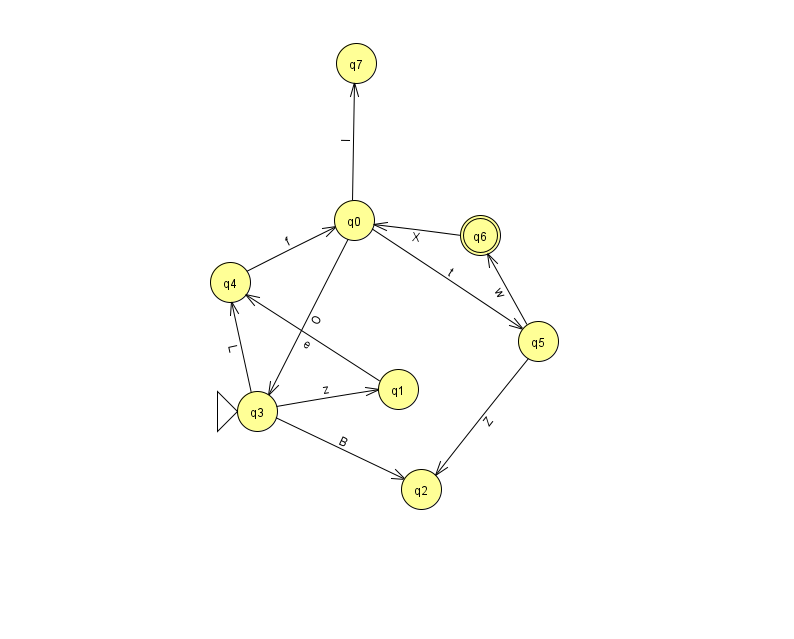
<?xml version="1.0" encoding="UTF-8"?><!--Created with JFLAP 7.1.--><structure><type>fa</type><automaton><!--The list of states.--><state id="0" name="q0"><x>354.0</x><y>207.0</y></state><state id="1" name="q1"><x>398.0</x><y>376.0</y></state><state id="2" name="q2"><x>421.0</x><y>476.0</y></state><state id="3" name="q3"><x>257.0</x><y>398.0</y><initial/></state><state id="4" name="q4"><x>230.0</x><y>269.0</y></state><state id="5" name="q5"><x>538.0</x><y>328.0</y></state><state id="6" name="q6"><x>480.0</x><y>222.0</y><final/></state><state id="7" name="q7"><x>356.0</x><y>50.0</y></state><!--The list of transitions.--><transition><from>0</from><to>7</to><read>I</read></transition><transition><from>3</from><to>1</to><read>z</read></transition><transition><from>6</from><to>0</to><read>X</read></transition><transition><from>0</from><to>5</to><read>t</read></transition><transition><from>4</from><to>0</to><read>f</read></transition><transition><from>5</from><to>2</to><read>Z</read></transition><transition><from>3</from><to>2</to><read>B</read></transition><transition><from>5</from><to>6</to><read>w</read></transition><transition><from>0</from><to>3</to><read>O</read></transition><transition><from>3</from><to>4</to><read>L</read></transition><transition><from>1</from><to>4</to><read>e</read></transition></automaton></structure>